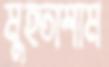
মুহতাশাম